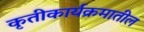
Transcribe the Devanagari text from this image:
कृतीकार्यक्रमातील